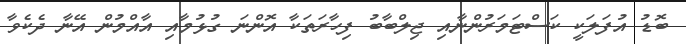
ބޮޑު އުފަލަކީ ކަސްޓަމަރުންނާއި ޖިލްބާބު ފިހާރަތަކާ އޮންނަ ގުޅުމާއި އާއްމުން އޭނާ ދެކެވާ